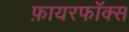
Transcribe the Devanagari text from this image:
फ़ायरफॉक्स